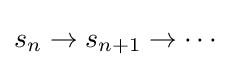
s_{n}\to s_{n+1}\to \cdots